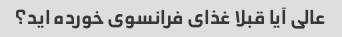
عالی آیا قبلا غذای فرانسوی خورده اید؟